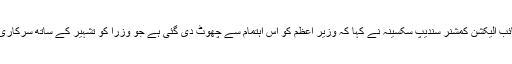
اسکرال ڈاٹ ان کے مطابق، نائب الیکشن کمشنر سندیپ سکسینہ نے کہا کہ وزیر اعظم کو اس اہتمام سے چھوٹ دی گئی ہے جو وزرا کو تشہیر کے ساتھ سرکاری سفر کرنے سے روکتے ہیں۔